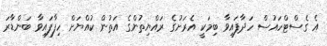
އެ ގެސްޓްހައުސް ހަދާފައިވާ ބިމަކީ އެރަށުގެ ރައްޔިތުންގެ އަތުން ކުއްޔަށް ހިފާފައިވާ ބަންޑާރަ